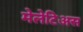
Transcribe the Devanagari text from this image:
मेलेटिअस